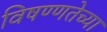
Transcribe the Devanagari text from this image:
विषण्णतेच्या